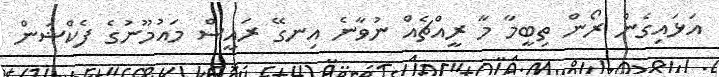
އަޅަައިގެން ރޯން ތިބީމާ މާ ރީއްޗެއް ނުވާނެ އިނގޭ ރައީސް މައުމޫނުގެ ފެކްޝަން